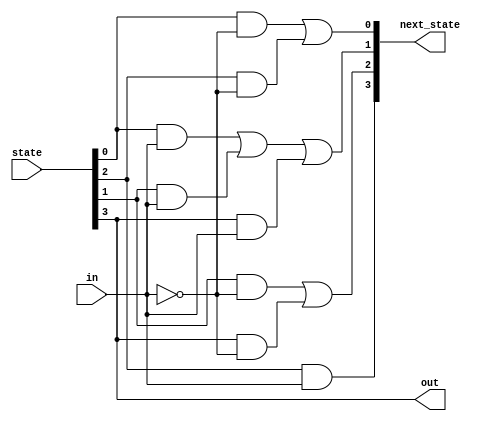
// This program was cloned from: https://github.com/Yvan-xy/verilog-doc
// License: GNU General Public License v2.0

module top_module(
    input in,
    input [3:0] state,
    output [3:0] next_state,
    output out); //

    parameter A=0, B=1, C=2, D=3;

    // State transition logic: Derive an equation for each state flip-flop.
    assign next_state[A] = state[0]&(~in)|state[2]&(~in);
    assign next_state[B] = state[0]&in|state[1]&in|state[3]&in;
    assign next_state[C] = state[1]&(~in)|state[3]&(~in);
    assign next_state[D] = state[2]&(in);

    // Output logic: 
    assign out = (state[3] == 1);

endmodule